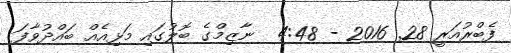
ފެބްރުއަރީ 28